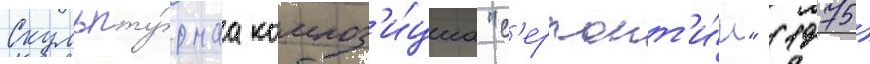
Скульпту́рнаа композ'и́циа "с'ерпант'и́н" (1975)